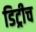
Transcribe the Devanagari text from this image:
डिट्रीच